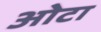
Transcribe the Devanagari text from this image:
ओेटा